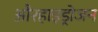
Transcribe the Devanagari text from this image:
औरहाइड्रोजन